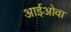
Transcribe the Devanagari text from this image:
आईओवा